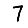
Digit: 7